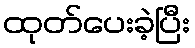
ထုတ်ပေးခဲ့ပြီး